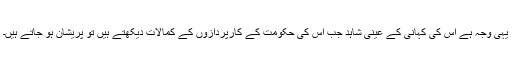
یہی وجہ ہے اُس کی کہانی کے عینی شاہد جب اُس کی حکومت کے کارپردازوں کے کمالات دیکھتے ہیں تو پریشان ہو جاتے ہیں۔